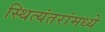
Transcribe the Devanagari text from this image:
स्थित्यंतरांमध्ये